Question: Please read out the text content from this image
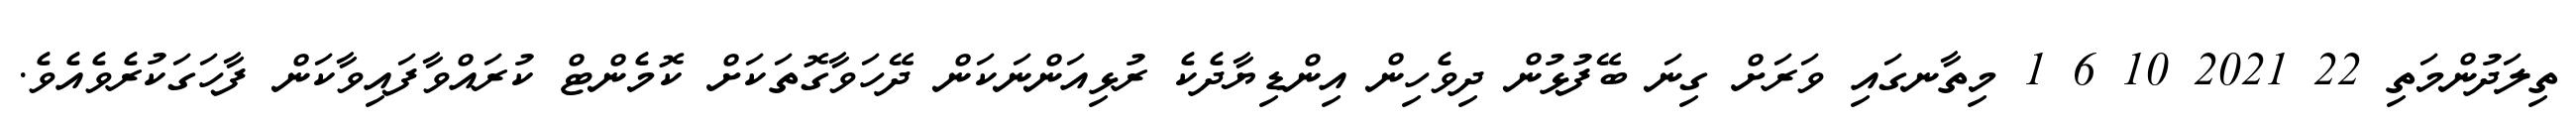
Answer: ތިލަދުންމަތި 22 2021 10 6 1 މިތާނގައި ވަރަށް ގިނަ ބޭފުޅުން ދިވެހިން އިންޑިޔާދެކެ ރުޅިއަންނަކަން ދޭހަވާގޮތަކަށް ކޮމެންޓް ކުރައްވާފައިވާކަން ފާހަގަކުރެވެއެވެ.